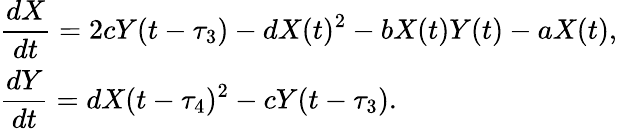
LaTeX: \begin{array}{l}{\displaystyle{\frac{dX}{dt}=2cY(t-\tau_{3})-dX(t)^{2}-bX(t)Y(t)-aX(t),}}\\ {\displaystyle{\frac{dY}{dt}=dX(t-\tau_{4})^{2}-cY(t-\tau_{3}).}}\end{array}